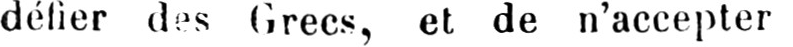
défier des Grecs, et de n’accepter